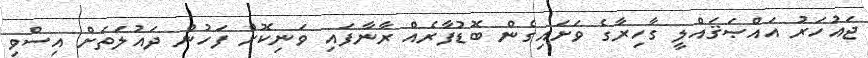
ޖައުހަރު އައްޞަޤައްލީ ގާހިރާގެ ވަށައިގެން ބޮޑުފާރެއް ރާނާފައި ވަނިކޮށް ފަހުން ދައުލަތަށް އިސްވި